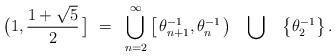
LaTeX: \begin{align*}\bigl( 1, \frac{1+\sqrt{5}}{2}\, \bigr] ~=~\bigcup_{n=2}^{\infty}\left[ \, \theta_{n+1}^{-1} , \theta_{n}^{-1}\, \right)~~ \bigcup ~~\left\{\theta_{2}^{-1}\right\}.\end{align*}